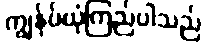
ကျွန်ုပ်ယုံကြည်ပါသည်